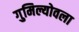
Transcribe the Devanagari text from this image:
गुमिल्योवला